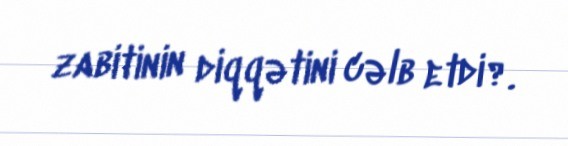
zabitinin diqqətini cəlb etdi?.